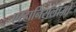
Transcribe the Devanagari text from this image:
एस्टानिसलाओ